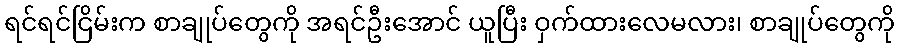
ရင်ရင်ငြိမ်းက စာချုပ်တွေကို အရင်ဦးအောင် ယူပြီး ဝှက်ထားလေမလား၊ စာချုပ်တွေကို